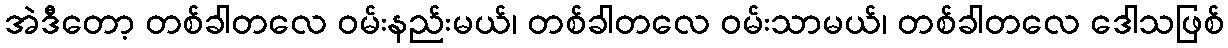
အဲဒီတော့ တစ်ခါတလေ ဝမ်းနည်းမယ်၊ တစ်ခါတလေ ဝမ်းသာမယ်၊ တစ်ခါတလေ ဒေါသဖြစ်